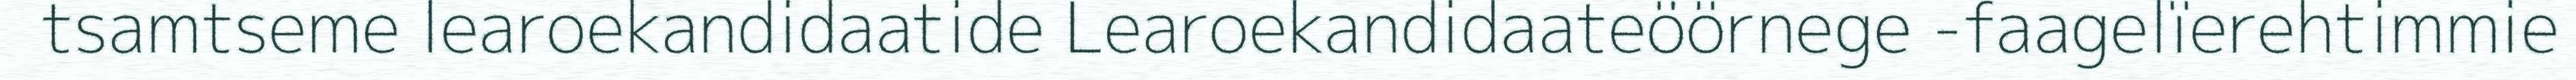
tsamtseme learoekandidaatide Learoekandidaateöörnege -faagelïerehtimmie